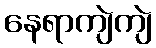
နေရာကျဲကျဲ